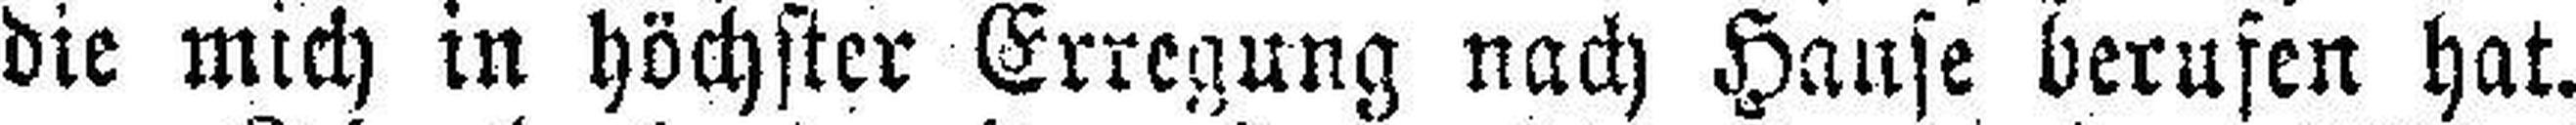
die mich in höchster Erregung nach Hause berufen hat.